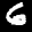
Label: 6